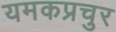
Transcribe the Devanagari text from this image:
यमकप्रचुर